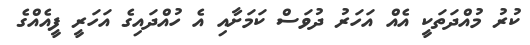
ކުރު މުއްދަތަކީ އެއް އަހަރު ދުވަސް ކަމަށާއި އެ ހުއްދައިގެ އަހަރީ ފީއެއްގެ